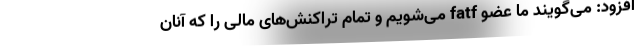
افزود: می‌گویند ما عضو fatf می‌شویم و تمام تراکنش‌های مالی را که آنان